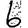
Digit: 6